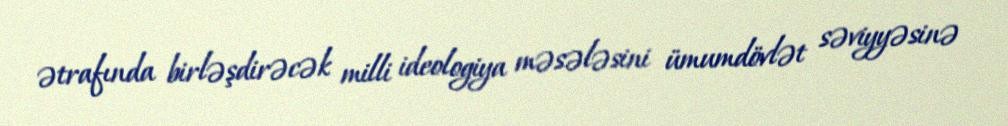
ətrafında birləşdirəcək milli ideologiya məsələsini ümumdövlət səviyyəsinə